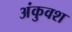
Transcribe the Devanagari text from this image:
अंकुवश